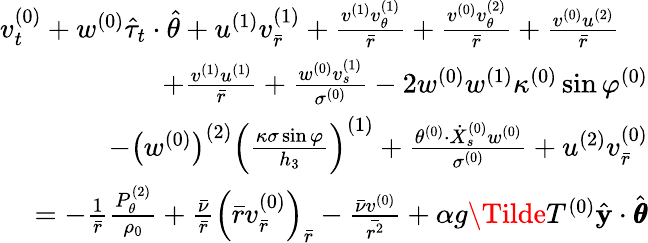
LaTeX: \begin{array}{r}{v_{t}^{(0)}+w^{(0)}\hat{\tau}_{t}\cdot\hat{\theta}+u^{(1)}v_{\bar{r}}^{(1)}+\frac{v^{(1)}v_{\theta}^{(1)}}{\bar{r}}+\frac{v^{(0)}v_{\theta}^{(2)}}{\bar{r}}+\frac{v^{(0)}u^{(2)}}{\bar{r}}\quad}\\ {+\frac{v^{(1)}u^{(1)}}{\bar{r}}+\frac{w^{(0)}v_{s}^{(1)}}{\sigma^{(0)}}-2w^{(0)}w^{(1)}\kappa^{(0)}\sin\varphi^{(0)}}\\ {-\left(w^{(0)}\right)^{(2)}\left(\frac{\kappa\sigma\sin\varphi}{h_{3}}\right)^{(1)}+\frac{\theta^{(0)}\cdot\dot{X}_{s}^{(0)}w^{(0)}}{\sigma^{(0)}}+u^{(2)}v_{\bar{r}}^{(0)}}\\ {=-\frac{1}{\bar{r}}\frac{P_{\theta}^{(2)}}{\rho_{0}}+\frac{\bar{\nu}}{\bar{r}}\left(\bar{r}v_{\bar{r}}^{(0)}\right)_{\bar{r}}-\frac{\bar{\nu}v^{(0)}}{\bar{r^{2}}}+\alpha g\Tilde{T}^{(0)}\hat{\mathbf{y}}\cdot\hat{\pmb{\theta}}}\end{array}